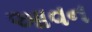
આવન